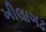
ખીલાગઢ